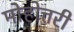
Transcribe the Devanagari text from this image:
मोहोत्तरी